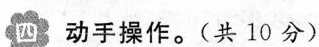
四 动手操作。(共10分)